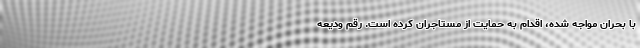
با بحران مواجه شده، اقدام به حمایت از مستاجران کرده است. رقم ودیعه